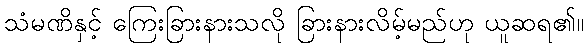
သံမဏိနှင့် ကြေးခြားနားသလို ခြားနားလိမ့်မည်ဟု ယူဆရ၏။